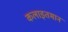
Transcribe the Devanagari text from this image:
कलाइतमान